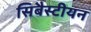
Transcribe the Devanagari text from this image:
सिबैस्टीयन